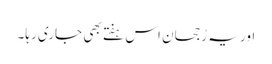
اور یہ رُجحان اس ہفتے بھی جاری رہا۔